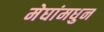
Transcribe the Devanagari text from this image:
मेघांमधुन